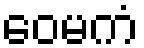
ဝေမကံ